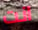
انت